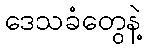
ဒေသခံတွေနဲ့